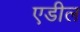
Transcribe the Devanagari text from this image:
एडील